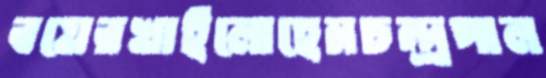
বয়েরখাইলোহেমচন্দ্রপাল